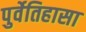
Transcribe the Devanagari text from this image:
पुर्वेतिहासा